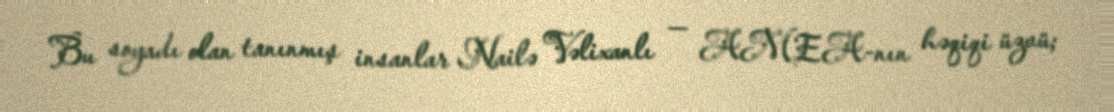
Bu soyadı olan tanınmış insanlar Nailə Vəlixanlı — AMEA-nın həqiqi üzvü;